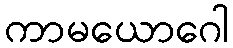
ကာမယောဂေါ